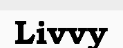
Livvy